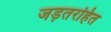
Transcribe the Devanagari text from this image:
जड़तरहित